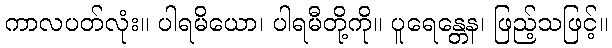
ကာလပတ်လုံး။ ပါရမိယော၊ ပါရမီတို့ကို။ ပူရေန္တေန၊ ဖြည့်သဖြင့်။